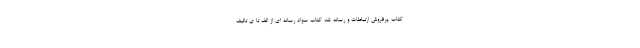
کتاب پرفروش ارتباطات و رسانه شد کتاب سواد رسانه ای از الف تا ی تالیف